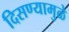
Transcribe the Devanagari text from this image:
दिसण्यामुळे